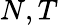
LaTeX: N,T